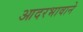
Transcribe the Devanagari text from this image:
आदरभावाने